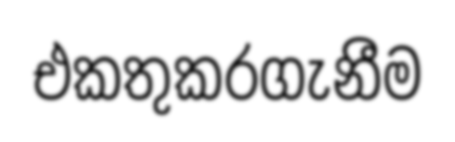
එකතුකරගැනීම